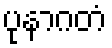
ပုနာဂတံ